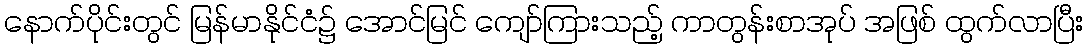
နောက်ပိုင်းတွင် မြန်မာနိုင်ငံ၌ အောင်မြင် ကျော်ကြားသည့် ကာတွန်းစာအုပ် အဖြစ် ထွက်လာပြီး